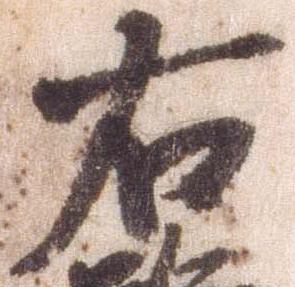
右